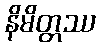
နိမိတ္တဿ